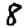
Digit: 8